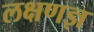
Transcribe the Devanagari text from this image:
लक्षणज्ञ